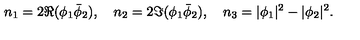
n _ { 1 } = 2 \Re ( \phi _ { 1 } \bar { \phi } _ { 2 } ) , \quad n _ { 2 } = 2 \Im ( \phi _ { 1 } \bar { \phi } _ { 2 } ) , \quad n _ { 3 } = | \phi _ { 1 } | ^ { 2 } - | \phi _ { 2 } | ^ { 2 } .